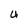
Character: U